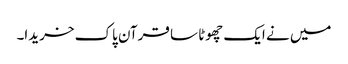
میں نے ایک چھوٹا سا قرآن پاک خریدا۔